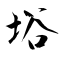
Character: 﨏